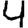
Digit: 4